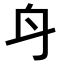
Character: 𨈏